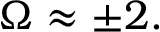
\Omega \approx \pm 2 .